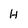
Character: H